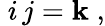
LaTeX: \; i\, j=\mathbf{k}\; ,